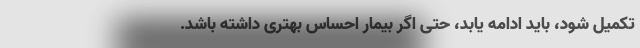
تکمیل شود، باید ادامه یابد، حتی اگر بیمار احساس بهتری داشته باشد.